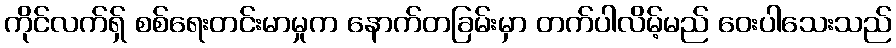
ကိုင်လက်ရှ် စစ်ရေးတင်းမာမှုက နောက်တခြမ်းမှာ တက်ပါလိမ့်မည် ဝေးပါသေးသည်